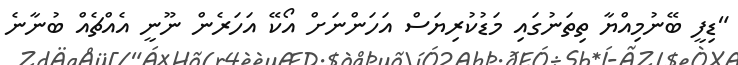
"ޑިފީ ބޭނުމިއްޔާ ތިތަނުގައި މަޑުކުރިޔަސް އަހަންނަށް އޯކޭ އަހަރެން ނޫނީ އެއްޗެއް ބުނާނެ